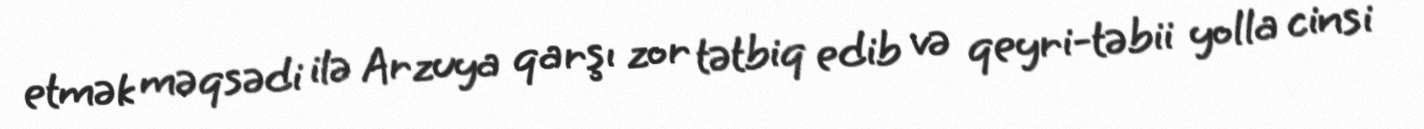
etmək məqsədi ilə Arzuya qarşı zor tətbiq edib və qeyri-təbii yolla cinsi